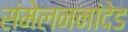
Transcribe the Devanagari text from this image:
संमेलननांदेड